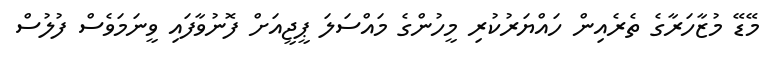
މޭޑޭ މުޒާހަރާގެ ތެރެއިން ހައްޔަރުކުރި މީހުންގެ މައްސަލަ ޕީޖީއަށް ފޮނުވާފައި ވީނަމަވެސް ފުލުސް